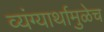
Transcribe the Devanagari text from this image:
व्यंग्यार्थामुळेच